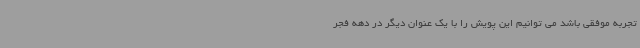
تجربه موفقی باشد می توانیم این پویش را با یک عنوان دیگر در دهه فجر